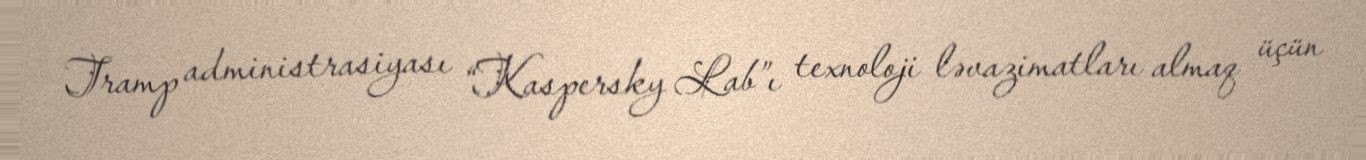
Tramp administrasiyası “Kaspersky Lab”ı texnoloji ləvazimatları almaq üçün